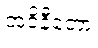
အဝိနီတော